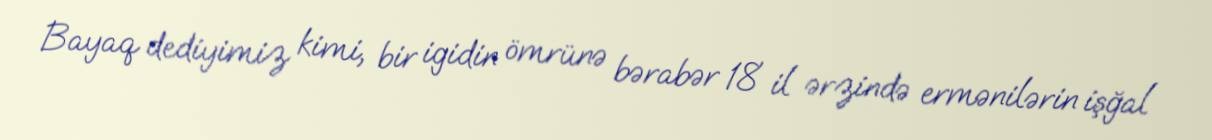
Bayaq dediyimiz kimi, bir igidin ömrünə bərabər 18 il ərzində ermənilərin işğal